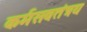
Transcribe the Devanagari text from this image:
कर्मसवतंत्रय